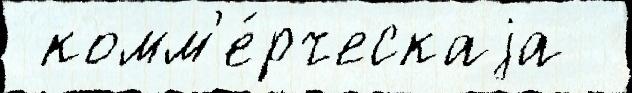
 комм'е́рческаjа